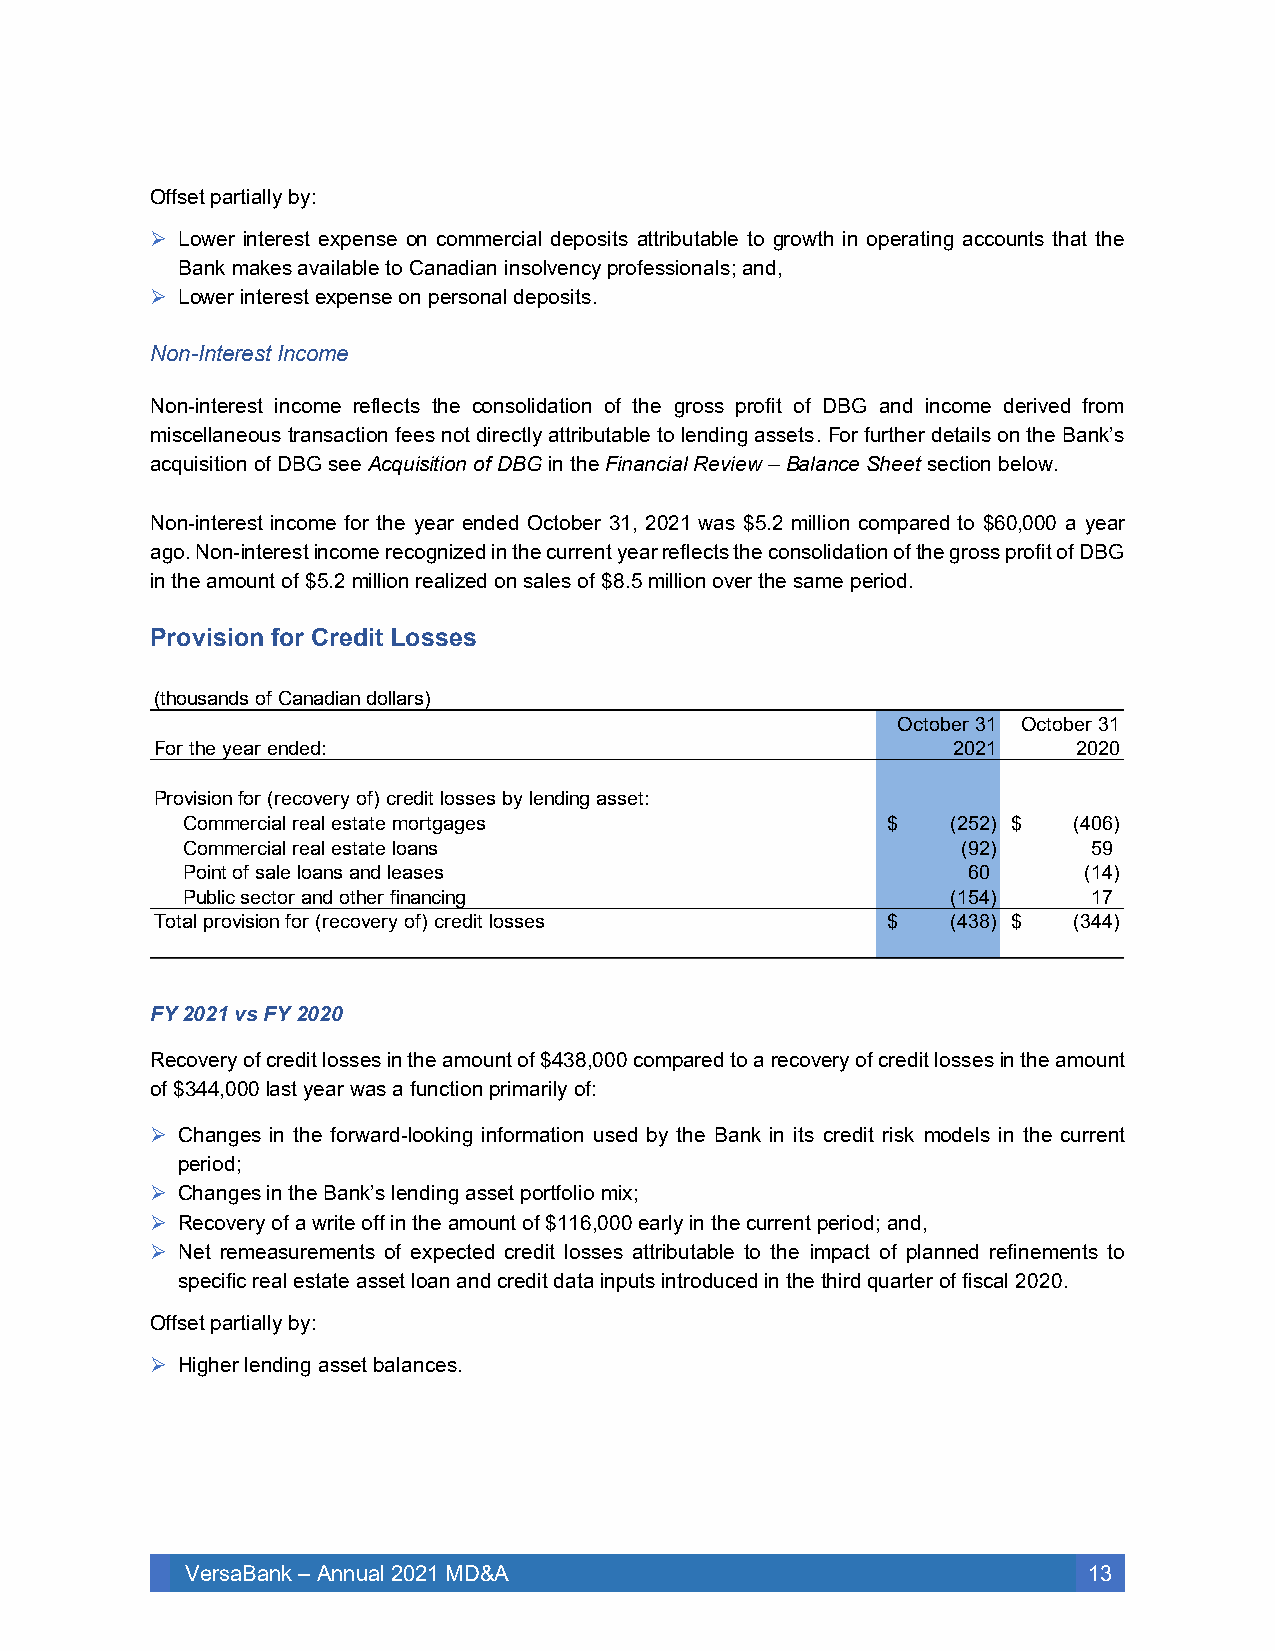
Offset partially by:
 ➢ Lower interest expense on commercial deposits attributable to growth in operating accounts that the
 Bank makes available to Canadian insolvency professionals; and,
 ➢ Lower interest expense on personal deposits.
 Non-Interest Income
 Non-interest income reflects the consolidation of the gross profit of DBG and income derived from
 miscellaneous transaction fees not directly attributable to lending assets. For further details on the Bank’s
 acquisition of DBG see Acquisition of DBG in the Financial Review – Balance Sheet section below.
 Non-interest income for the year ended October 31, 2021 was $5.2 million compared to $60,000 a year
 ago. Non-interest income recognized in the current year reflects the consolidation of the gross profit of DBG
 in the amount of $5.2 million realized on sales of $8.5 million over the same period.
 Provision for Credit Losses
 FY 2021 vs FY 2020
 Recovery of credit losses in the amount of $438,000 compared to a recovery of credit losses in the amount
 of $344,000 last year was a function primarily of:
 ➢ Changes in the forward-looking information used by the Bank in its credit risk models in the current
 period;
 ➢ Changes in the Bank’s lending asset portfolio mix;
 ➢ Recovery of a write off in the amount of $116,000 early in the current period; and,
 ➢ Net remeasurements of expected credit losses attributable to the impact of planned refinements to
 specific real estate asset loan and credit data inputs introduced in the third quarter of fiscal 2020.
 Offset partially by:
 ➢ Higher lending asset balances.
 VersaBank – Annual 2021 MD&A                                13
 ( th o u s a n d s o f C a n
 F o r th e y e a r e n d e
 P r o v is io n fo r ( r e c o
 C o m m e r c ia l r e
 C o m m e r c ia l r e
 P o in t o f s a le lo
 P u b lic s e c to r aT
 o ta l p r o v is io n fo r
 a d ia n d o lla r s )
 d :
 v e r y o f) c r e d it lo s sa
 l e s ta te m o r tg a g ea
 l e s ta te lo a n sa
 n s a n d le a s e sn
 d o th e r fin a n c in g
 ( r e c o v e r y o f) c r e d
 e s bs
 it lo s
 y
 s
 le
 e s
 n d in g a s s e t:
 O c to b e r 32
 0 2
 $   ( 2 5 2
 ( 9 2
 6 0
 ( 1 5 4$
 ( 4 3 8
 11
 ))
 ))
 O c to b e r 32
 0 2
 $   ( 4 0 6
 5 9
 ( 1 4
 1 7$
 ( 3 4 4
 10
 )
 )
 )